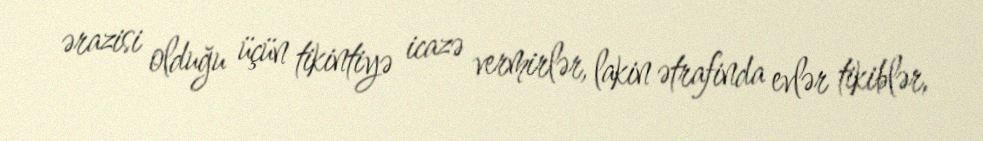
ərazisi olduğu üçün tikintiyə icazə vermirlər, lakin ətrafinda evlər tikiblər,